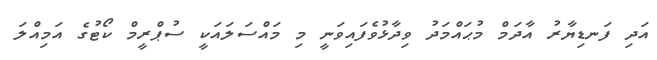
އަދި ފަނޑިޔާރު އާދަމް މުޙައްމަދު ވިދާޅުވެފައިވަނީ މި މައްސަލައަކީ ސުޕްރީމް ކޯޓުގެ އަމިއްލަ